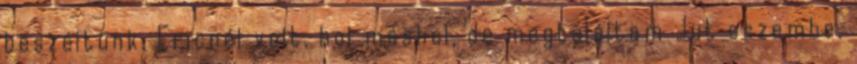
beszéltünk. Ericnél volt, hol máshol, de megtaláltam Jut eszembe,